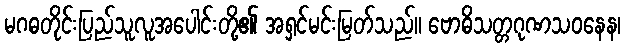
မဂဓတိုင်းပြည်သူလူအပေါင်းတို့၏ အရှင်မင်းမြတ်သည်။ ဗောဓိသတ္တဂုဏသဝနေန၊